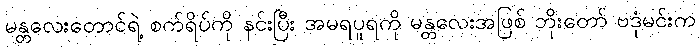
မန္တလေးတောင်ရဲ့ စက်ရိပ်ကို နင်းပြီး အမရပူရကို မန္တလေးအဖြစ် ဘိုးတော် ဗဒုံမင်းက